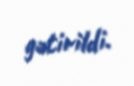
gətirildi.